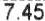
7.45